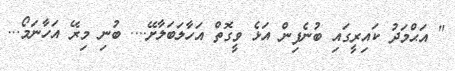
" އަޙްމަދު ކައިރީގައި ބުނެފިން އަޅެ ވީގޮތް އަހާލަބަލާށޭ.... ބުނި މިރޭ އަހާނަމޯ...